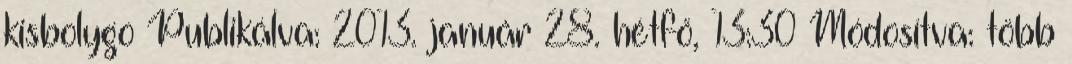
kisbolygo Publikálva: 2013. január 28. hétfő, 13:30 Módosítva: több